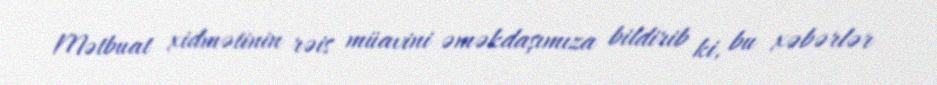
Mətbuat xidmətinin rəis müavini əməkdaşımıza bildirib ki, bu xəbərlər